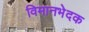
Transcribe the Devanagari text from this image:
विमानभेदक